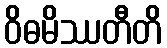
ဝိဓမိဿတီတိ